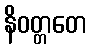
နိဝတ္တတေ